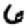
Digit: 6